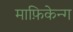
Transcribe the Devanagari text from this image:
माफ़िकेन्ग